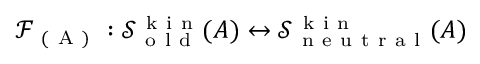
\mathcal { F } _ { \mathrm { ~ ( ~ A ~ ) ~ } } : \mathcal { S } _ { \mathrm { ~ o ~ l ~ d ~ } } ^ { \mathrm { ~ k ~ i ~ n ~ } } ( A ) \leftrightarrow \mathcal { S } _ { \mathrm { ~ n ~ e ~ u ~ t ~ r ~ a ~ l ~ } } ^ { \mathrm { ~ k ~ i ~ n ~ } } ( A )